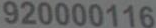
920000116